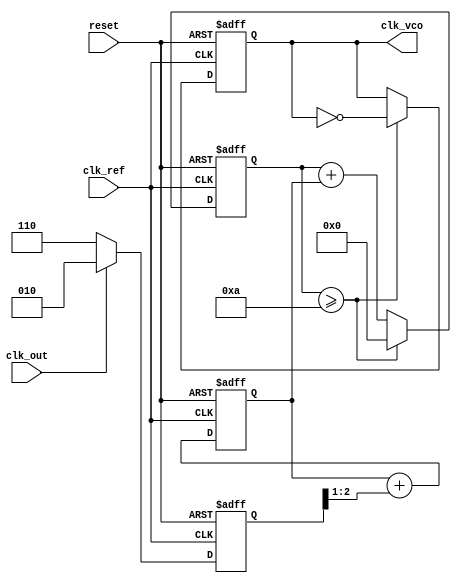
module PLL(
    input wire clk_ref,         // Reference clock
    input wire clk_out,         // Output clock (feedback)
    input wire reset,           // Asynchronous reset
    output wire clk_vco         // VCO output clock
);

    // Parameters
    parameter PHASE_INCREMENT = 2; // Phase error representation
    parameter FILTER_COEFF = 1;     // Loop filter coefficient

    // Internal signals
    reg [2:0] phase_error;          // Phase error signal
    reg [4:0] control_voltage;       // Control voltage for VCO
    reg [4:0] vco_counter;           // VCO counter
    reg clk_vco_reg;                 // VCO clock output register

    // Phase Detector
    always @(posedge clk_ref or posedge reset) begin
        if (reset) begin
            phase_error <= 0;
        end else begin
            if (clk_out) begin
                phase_error <= PHASE_INCREMENT; // Output is leading
            end else begin
                phase_error <= -PHASE_INCREMENT; // Output is lagging
            end
        end
    end

    // Loop Filter - Simple first-order filter
    always @(posedge clk_ref or posedge reset) begin
        if (reset) begin
            control_voltage <= 0;
        end else begin
            control_voltage <= control_voltage + (phase_error >> FILTER_COEFF);
        end
    end

    // Voltage-Controlled Oscillator (VCO)
    always @(posedge clk_ref or posedge reset) begin
        if (reset) begin
            vco_counter <= 0;
            clk_vco_reg <= 0;
        end else begin
            vco_counter <= vco_counter + control_voltage; // Control voltage affects frequency
            if (vco_counter >= 10) begin // Adjust this threshold based on desired frequency
                clk_vco_reg <= ~clk_vco_reg; // Toggle VCO output clock
                vco_counter <= 0; // Reset counter
            end
        end
    end

    assign clk_vco = clk_vco_reg; // Output VCO clock

endmodule